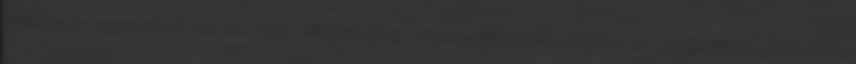
érdekes és elgondolkodtató interjúkat, közvélemény-kutatásokat, tanulmányokat és szubjektív meglátásokat,